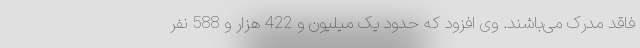
فاقد مدرک می‌باشند. وی افزود که حدود یک میلیون و 422 هزار و 588 نفر